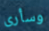
وسأرى